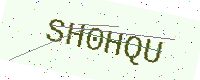
Text: SH0HQU